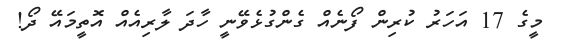
މީގެ 17 އަހަރު ކުރިން ފޯނެއް ގެންގުޅެވޭނީ ހާދަ ލާރިއެއް އޮތީމައޭ ދޯ!